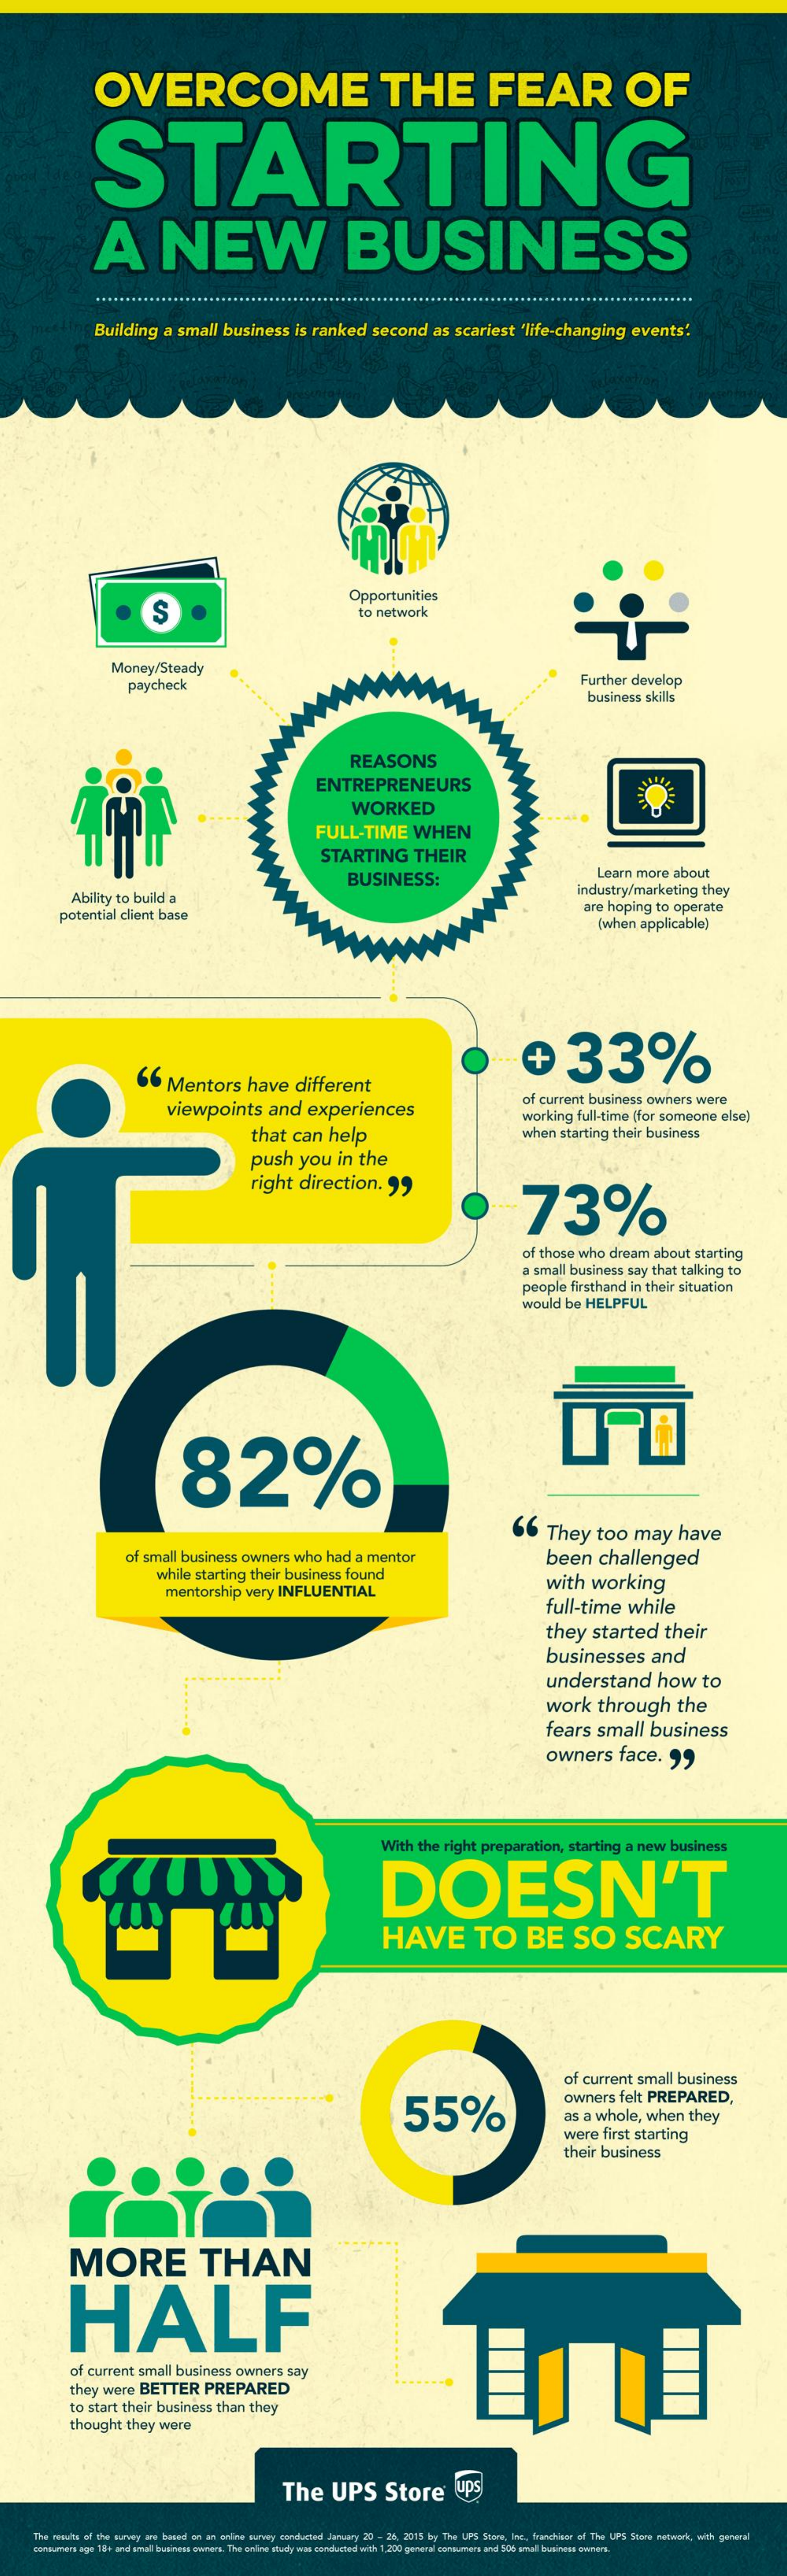
OVERCOME    THE    FEAR    OF
     STARTING
     A    NEW    BUSINESS
     Building    a small    business    is ranked    second    as  scariest    'life-changing    events'.
     $
     Opportunities
     to network
     Money/Steady
     paycheck    Further develop
     business  skills
     REASONS
     ENTREPRENEURS
     WORKED
     FULL-TIME    WHEN
     STARTING    THEIR
     BUSINESS:
     Learn  more   about
     Ability to build a    industry/marketing    they
     potential client base    are hoping   to operate
     (when  applicable)
     33%
     66   Mentors    have    different
     viewpoints    and    experiences
     of current  business  owners   were
     that   can   help
     working   full-time (for someone    else)
     when   starting their business
     push    you    in  the
     right   direction.    "
     73%
     of those  who  dream   about   starting
     a small  business  say that talking  to
     people   firsthand in their situation
     would   be HELPFUL
     82%
     66    They    too    may    have
     of small  business   owners   who   had  a mentor    been    challenged
     while  starting  their business   found
     mentorship    very INFLUENTIAL
     with    working
     full-time    while
     they   started    their
     businesses    and
     understand    how    to
     work    through    the
     fears   small    business
     owners    face.    "
     With  the  right preparation,    starting  a  new  business
     DOESN'T
     HAVE    TO    BE    SO    SCARY
     of current  small  business
     55%
     owners   felt PREPARED,
     as a whole,   when    they
     were   first starting
     their  business
     MORE    THAN
     HALF
     of current   small business   owners   say
     they were   BETTER    PREPARED
     to start their business  than  they
     thought  they  were
     The    UPS    Store    ups
     The results of the suruty are based on an online survey candannd January 20 - 25. 2015 by The UPS Store, les. frikisar of The UPS Store netwerk, with general
     forsumen age 18+ and small business owners. The online study was conducted with 1.200 general camsumans and 506 small business owners